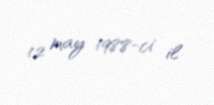
12 may 1988-ci il